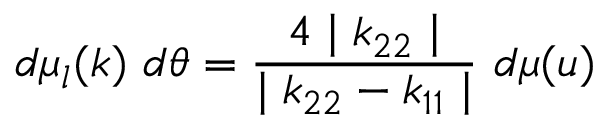
d \mu _ { l } ( k ) ~ d \theta = \frac { 4 \mid k _ { 2 2 } \mid } { \mid k _ { 2 2 } - k _ { 1 1 } \mid } ~ d \mu ( u )